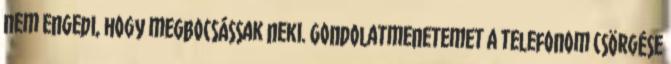
nem engedi, hogy megbocsássak neki. Gondolatmenetemet a telefonom csörgése